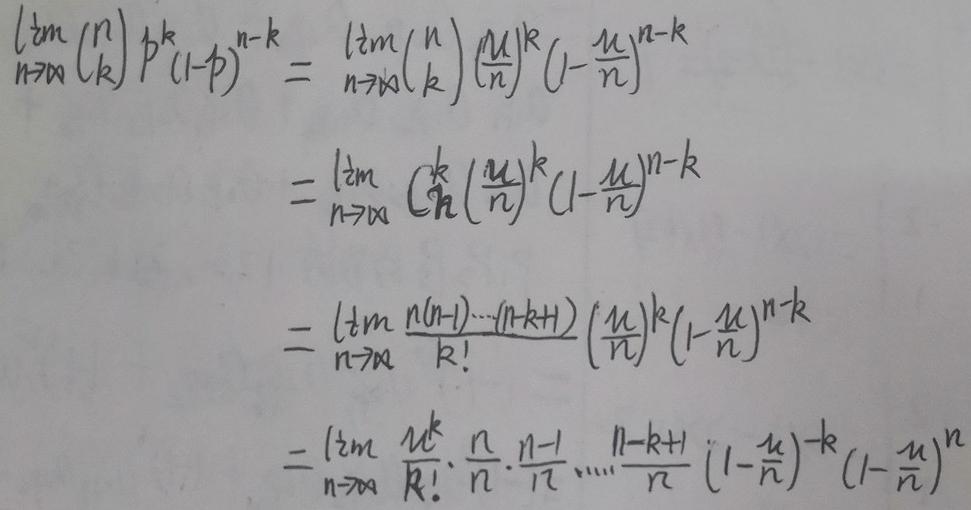
\[
\begin{align*}
\lim_{n \to \infty} \binom{n}{k} p^{k} (1 - p)^{n - k} &= \lim_{n \to \infty} \binom{n}{k} \left(\frac{\mu}{n}\right)^{k} \left(1 - \frac{\mu}{n}\right)^{n - k}\\
&= \lim_{n \to \infty} \frac{n!}{k!(n - k)!} \left(\frac{\mu}{n}\right)^{k} \left(1 - \frac{\mu}{n}\right)^{n - k}\\
&= \lim_{n \to \infty} \frac{n(n - 1)\cdots(n - k + 1)}{k!} \left(\frac{\mu}{n}\right)^{k} \left(1 - \frac{\mu}{n}\right)^{n - k}\\
&= \lim_{n \to \infty} \frac{\mu^{k}}{k!} \cdot \frac{n}{n} \cdot \frac{n - 1}{n} \cdots \frac{n - k + 1}{n} \left(1 - \frac{\mu}{n}\right)^{-k} \left(1 - \frac{\mu}{n}\right)^{n}
\end{align*}
\]